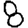
Digit: 8